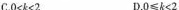
C.$$0<k<2$$ D.$$0\leq k<2$$